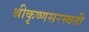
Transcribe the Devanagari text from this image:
श्रीकृष्णसरस्वती